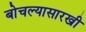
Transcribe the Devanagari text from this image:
बोचल्यासारखी